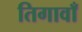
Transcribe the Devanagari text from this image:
तिगावाँ